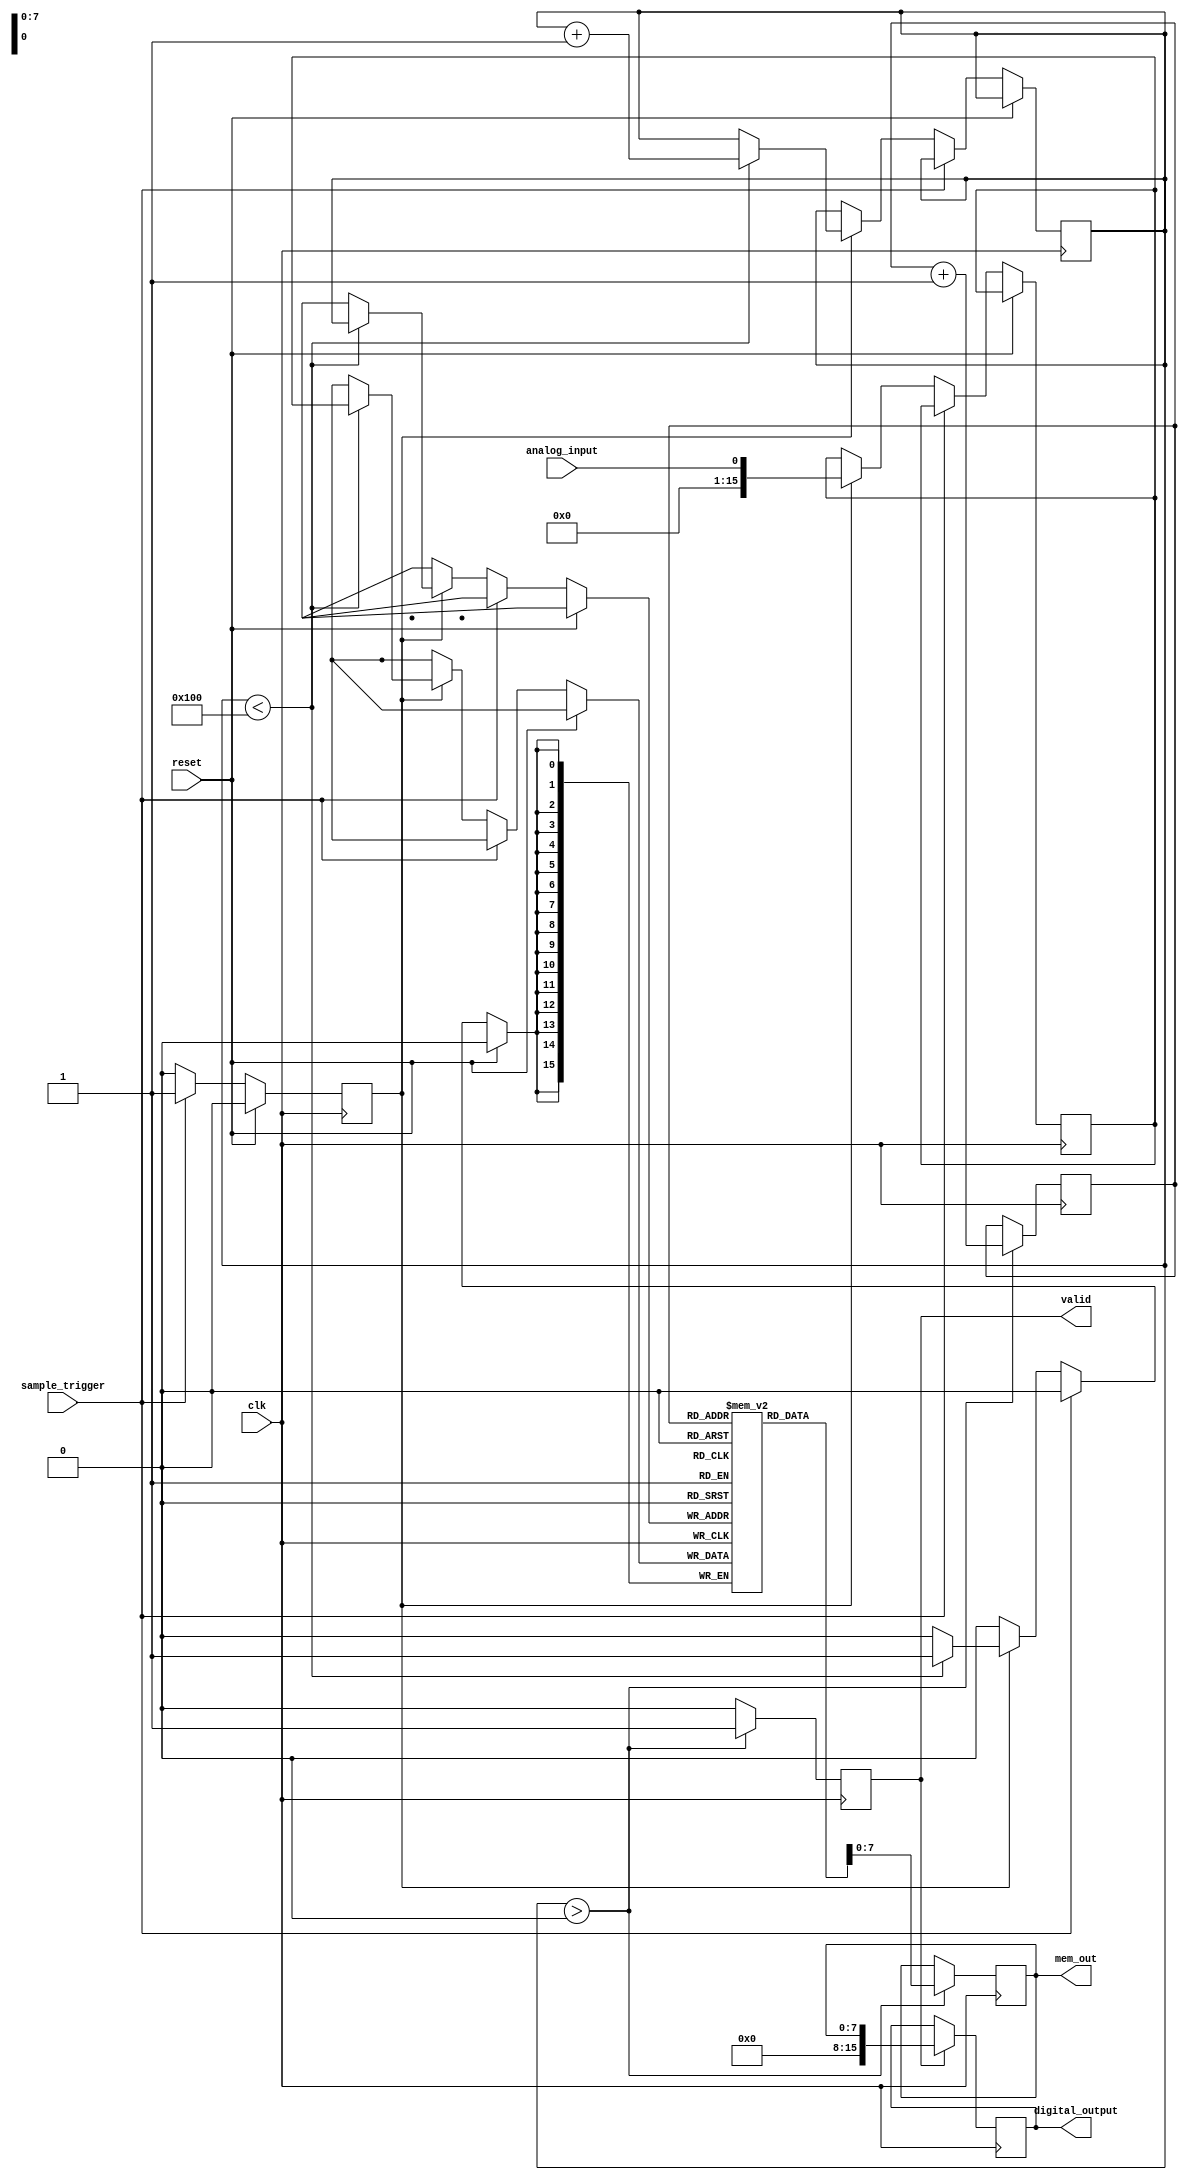
module TDC (
    input wire clk,               // System clock
    input wire reset,             // Reset signal
    input wire analog_input,       // Analog input signal (assuming bit representation for simulation)
    input wire sample_trigger,     // Trigger signal for sampling
    output reg [15:0] digital_output, // 16-bit digital output from the ADC
    output reg [7:0] mem_out,     // Output from the memory block
    output reg valid               // Indicates valid output
);

    // Parameters for memory size and ADC resolution
    parameter MEM_SIZE = 256;     // Size of memory
    parameter ADC_RESOLUTION = 16; // ADC resolution in bits

    // Internal signals
    reg [ADC_RESOLUTION-1:0] adc_output;   // ADC output
    reg [ADC_RESOLUTION-1:0] samples [0:MEM_SIZE-1]; // Memory for sampled values
    reg [7:0] write_pointer;       // Pointer for writing to memory
    reg [7:0] read_pointer;        // Pointer for reading from memory
    reg sampling;                  // Sampling state

    // Sample and Hold Circuit Emulation (for simulation purposes)
    always @(posedge clk) begin
        if (reset) begin
            sampling <= 0;
        end else if (sample_trigger) begin
            sampling <= 1;
        end else if (sampling) begin
            sampling <= 0;
            // Simulate ADC conversion
            adc_output <= analog_input; // Simulate ADC conversion from analog input
            // Write to memory
            if (write_pointer < MEM_SIZE) begin
                samples[write_pointer] <= adc_output;
                write_pointer <= write_pointer + 1;
            end
        end
    end

    // Memory Readout Logic
    always @(posedge clk) begin
        if (write_pointer > 0) begin
            // Read from memory
            mem_out <= samples[read_pointer];
            valid <= 1; // Output valid signal
            read_pointer <= read_pointer + 1;
        end else begin
            valid <= 0; // No valid output if no samples
        end
    end

    // Output, ADC value on request or after a certain condition
    always @(posedge clk) begin
        if (valid) begin
            digital_output <= mem_out; // Provide the digital output
        end
    end

endmodule